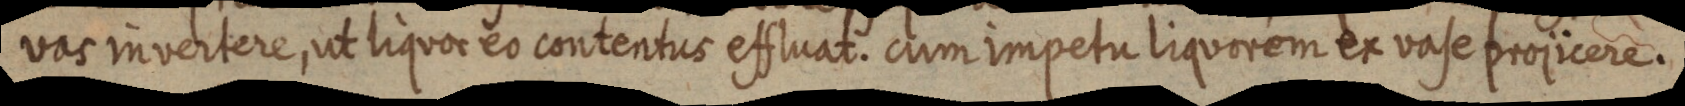
vas invertere, uat liquor eo contentus efftuat. cum impetu liquorem ex vase projicere.